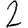
Digit: 2